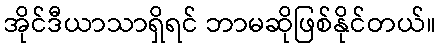
အိုင်ဒီယာသာရှိရင် ဘာမဆိုဖြစ်နိုင်တယ်။